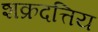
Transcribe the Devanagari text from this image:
शक्रदत्तिय